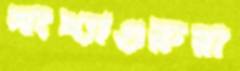
সংখ্যাগুরুরা